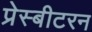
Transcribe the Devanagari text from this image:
प्रेस्बीटरन